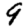
Digit: 9